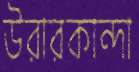
উরারকান্দা